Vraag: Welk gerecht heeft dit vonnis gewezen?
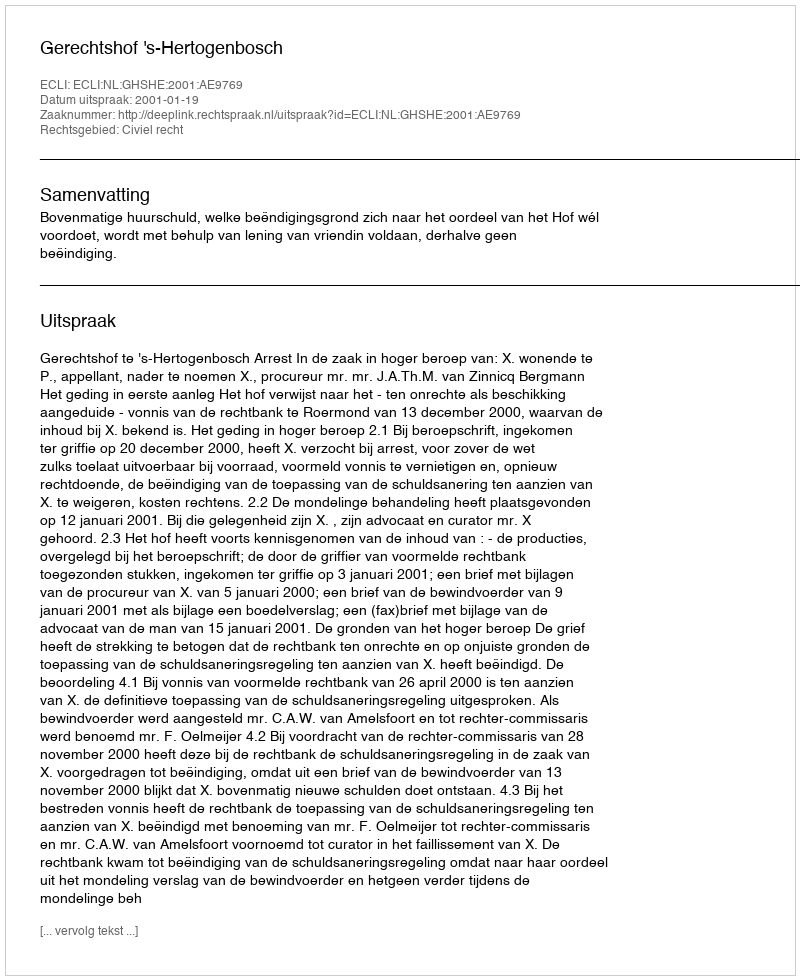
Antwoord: Gerechtshof 's-Hertogenbosch